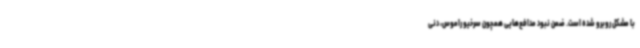
با مشکل روبرو شده است. ضمن نبود مدافع‌هایی همچون سرخیو راموس، دنی